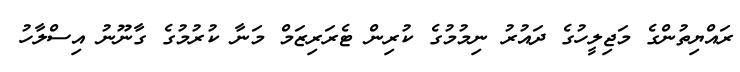
ރަައްޔިތުންގެ މަޖިލީހުގެ ދައުރު ނިމުމުގެ ކުރިން ޓެރަރިޒަމް މަނާ ކުރުމުގެ ގާނޫނު އިސްލާހު